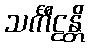
သင်္ကီဠန္တိ